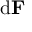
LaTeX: \mathrm { d } \mathbf { F }